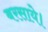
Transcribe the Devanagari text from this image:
बरसाये।